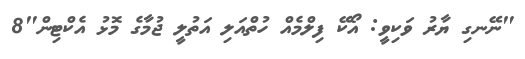
"ނޭނގި ޔާރު ވަކިވީ: އޯކޭ ފިލްމެއް ހުތްއަލި އަތުލީ ޖުމާގެ މޮޅު އެކްޓިން"8